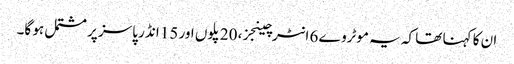
ان کا کہنا تھا کہ یہ موٹروے 6 انٹرچینجز، 20 پلوں اور 15 انڈر پاسز پر مشتمل ہو گا۔